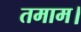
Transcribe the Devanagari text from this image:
तमाम।